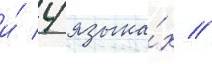
и́ 4 языка́х //